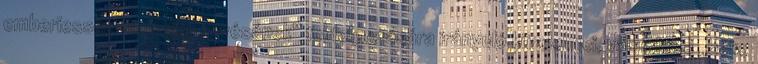
emberiesség semmibe vevésének” feldolgozására irányuló küzdelmei, valamint a „béke